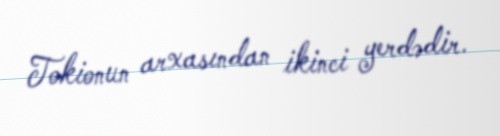
Tokionun arxasından ikinci yerdədir.